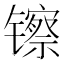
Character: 镲